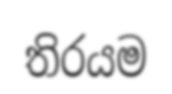
තිරයම